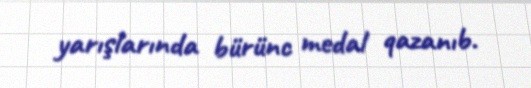
yarışlarında bürünc medal qazanıb.